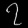
Digit: ၇